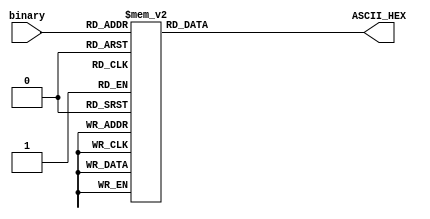
module bin2ascii(
	input wire [3:0] binary,
	output reg [7:0] ASCII_HEX
);
always@(binary)begin
    case(binary)
        4'h0 : ASCII_HEX = 8'h30;
        4'h1 : ASCII_HEX = 8'h31;
        4'h2 : ASCII_HEX = 8'h32;
        4'h3 : ASCII_HEX = 8'h33;
        4'h4 : ASCII_HEX = 8'h34;
        4'h5 : ASCII_HEX = 8'h35;
        4'h6 : ASCII_HEX = 8'h36;
        4'h7 : ASCII_HEX = 8'h37;
        4'h8 : ASCII_HEX = 8'h38;
        4'h9 : ASCII_HEX = 8'h39;
        4'hA : ASCII_HEX = 8'h41;
        4'hB : ASCII_HEX = 8'h42;
        4'hC : ASCII_HEX = 8'h43;
        4'hD : ASCII_HEX = 8'h44;
        4'hE : ASCII_HEX = 8'h45;
        4'hF : ASCII_HEX = 8'h46;
        default : ASCII_HEX = binary;
    endcase
end

endmodule